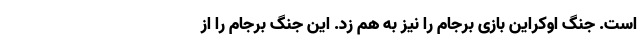
است. جنگ اوکراین بازی برجام را نیز به هم زد. این جنگ برجام را از